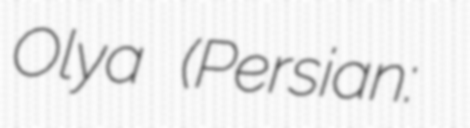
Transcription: Olya (Persian: روچون